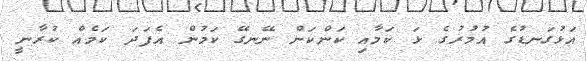
އަޅުގަނޑުގެ އުމުރުގެ ޅަ ކަމާއި ކަންކަން ނޭނގޭ ކަމުން އެފަދަ ކަމެއް ކުރާނީ